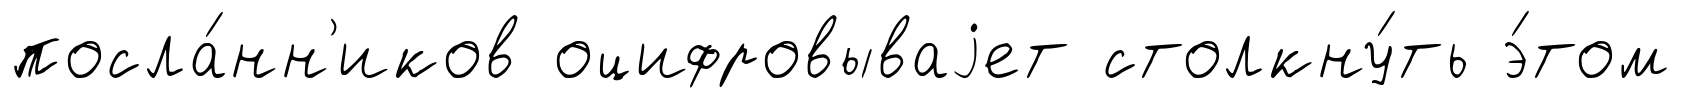
посла́нн'иков оцифровываjет столкну́ть э́том